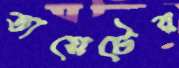
ডায়েটের